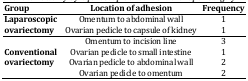
<table><thead><tr><td><b>Group </b></td><td><b>Location of adhesion</b></td><td><b>Frequency</b></td></tr></thead><tbody><tr><td><b>Laparoscopic </b><b>ovariectomy</b></td><td>Omentum to abdominal wallOvarian pedicle to capsule of kidney</td><td>11</td></tr><tr><td><b>Conventional </b><b>ovariectomy</b></td><td>Omentum to incision lineOvarian pedicle to small intestineOvarian pedicle to abdominal wallOvarian pedicle to omentum</td><td>3122</td></tr></tbody></table>